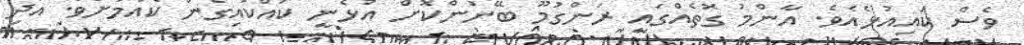
ވެސް ކައިއުޅެއެވެ. އާންމު ގޮތެއްގައި ރަންގުމޫ ބޭނުންކޮށް އުޅެނީ ކައްކައިގެން ކެއުމަށެވެ. އަދި